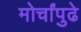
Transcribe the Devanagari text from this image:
मोर्चांपुढे